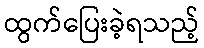
ထွက်ပြေးခဲ့ရသည့်